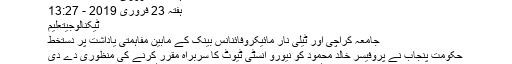
ہفتہ 23 فروری 2019 - 14:18
ہفتہ 23 فروری 2019 - 13:27
ٹیکنالوجیتعلیم
جامعہ کراچی اور ٹیلی نار مائیکروفائنانس بینک کے مابین مفاہمتی یاداشت پر دستخط
حکومت پنجاب نے پروفیسر خالد محمود کو نیورو انسٹی ٹیوٹ کا سربراہ مقرر کرنے کی منظوری دے دی
ڈا ئو یونیورسٹی نے پاکستان کے پہلے ای ڈاکٹرز پروگرام شروع کردیا